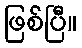
ဖြစ်ပြီ။